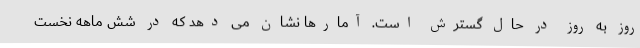
روز به روز در حال گسترش است. آمارها نشان می دهد که در شش ماهه نخست